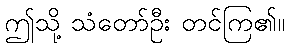
ဤသို့ သံတော်ဦး တင်ကြ၏။